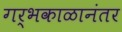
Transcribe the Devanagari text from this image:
गर्भकाळानंतर